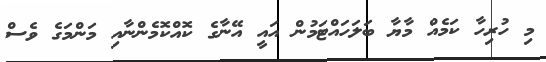
މި ހުރިހާ ކަމެއް މާޔާ ބަލަހައްޓަމުން އައީ އޭނާގެ ކޮއްކޮމެންނާއި މަންމަގެ ވެސް